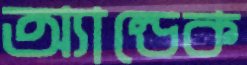
অ্যান্ডেক